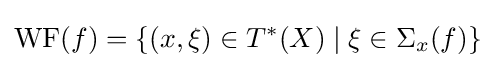
{\rm {WF}}(f)=\{(x,\xi )\in T^{*}(X)\mid \xi \in \Sigma _{x}(f)\}